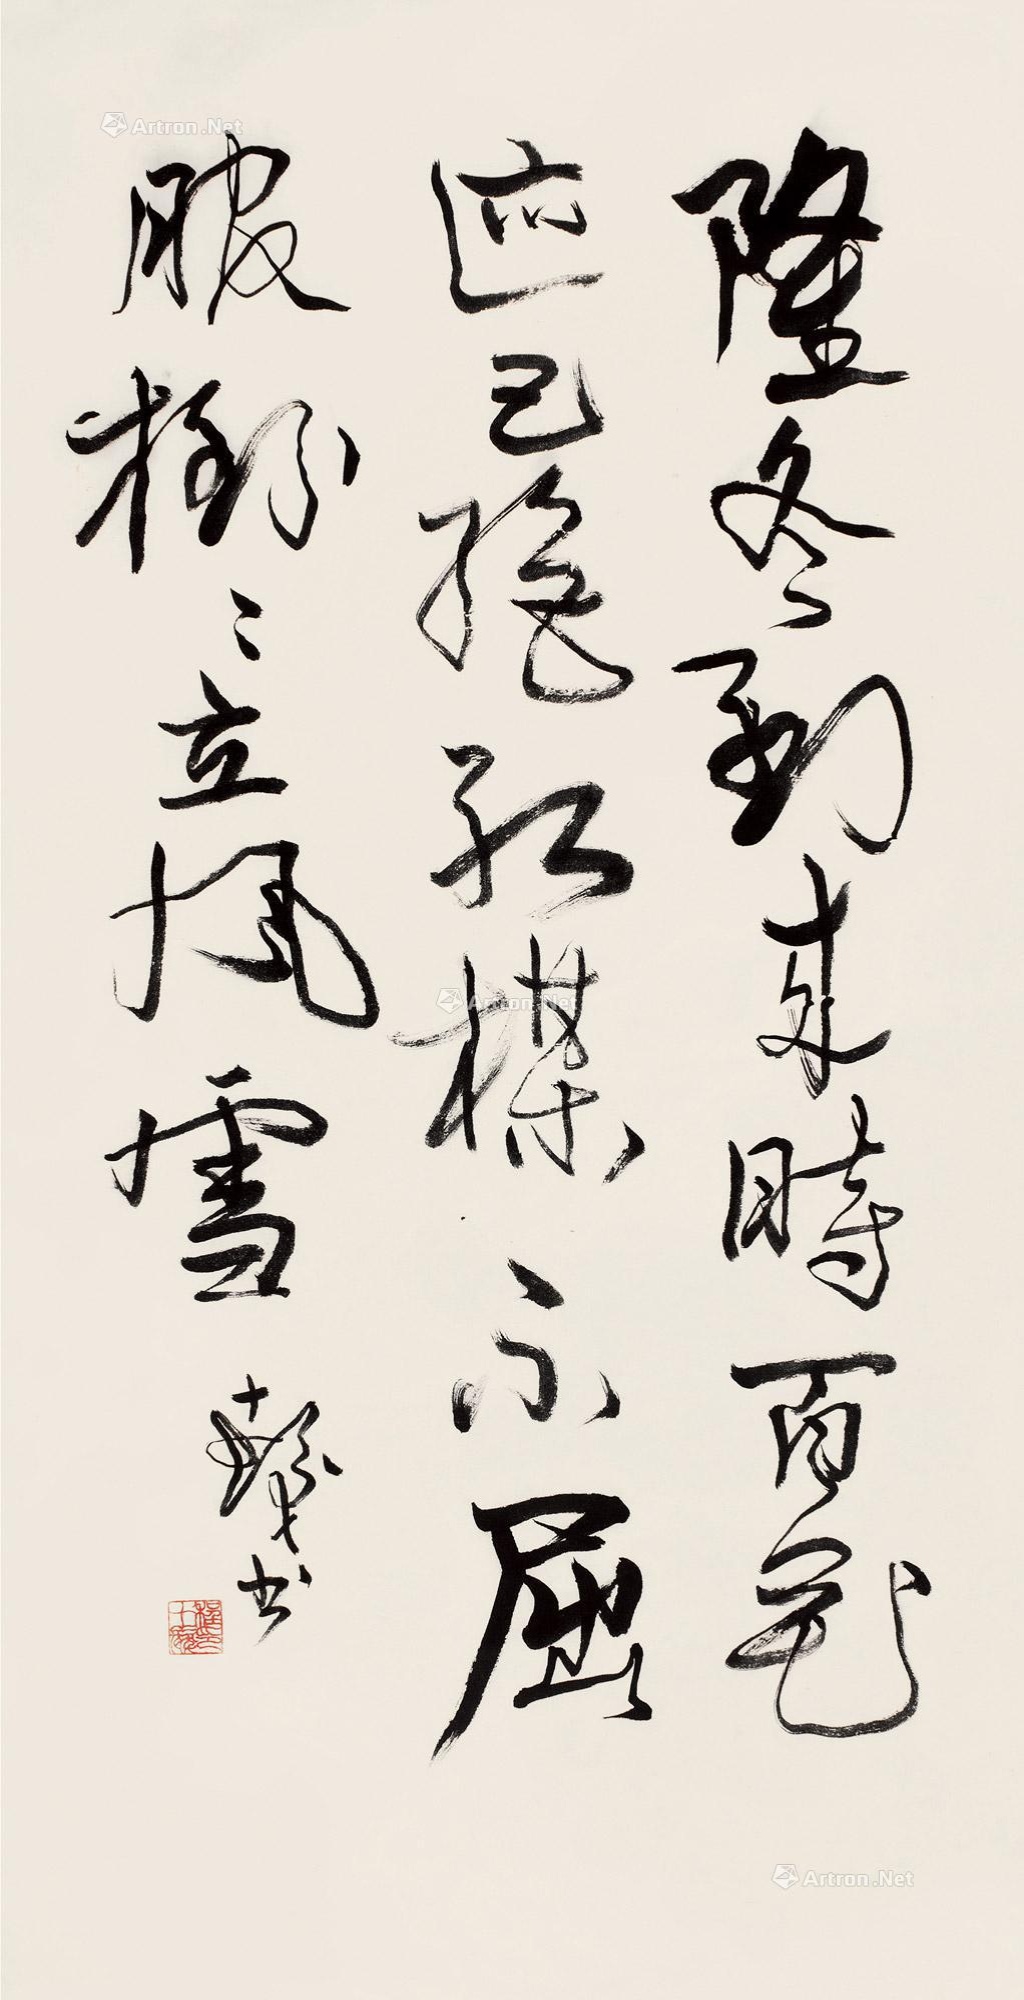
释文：隆冬到来时，百花迹已绝。红梅不屈服，树树立风雪。十发书。